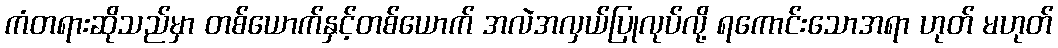
ကံတရားဆိုသည်မှာ တစ်ယောက်နှင့်တစ်ယောက် အလဲအလှယ်ပြုလုပ်လို့ ရကောင်းသောအရာ ဟုတ် မဟုတ်